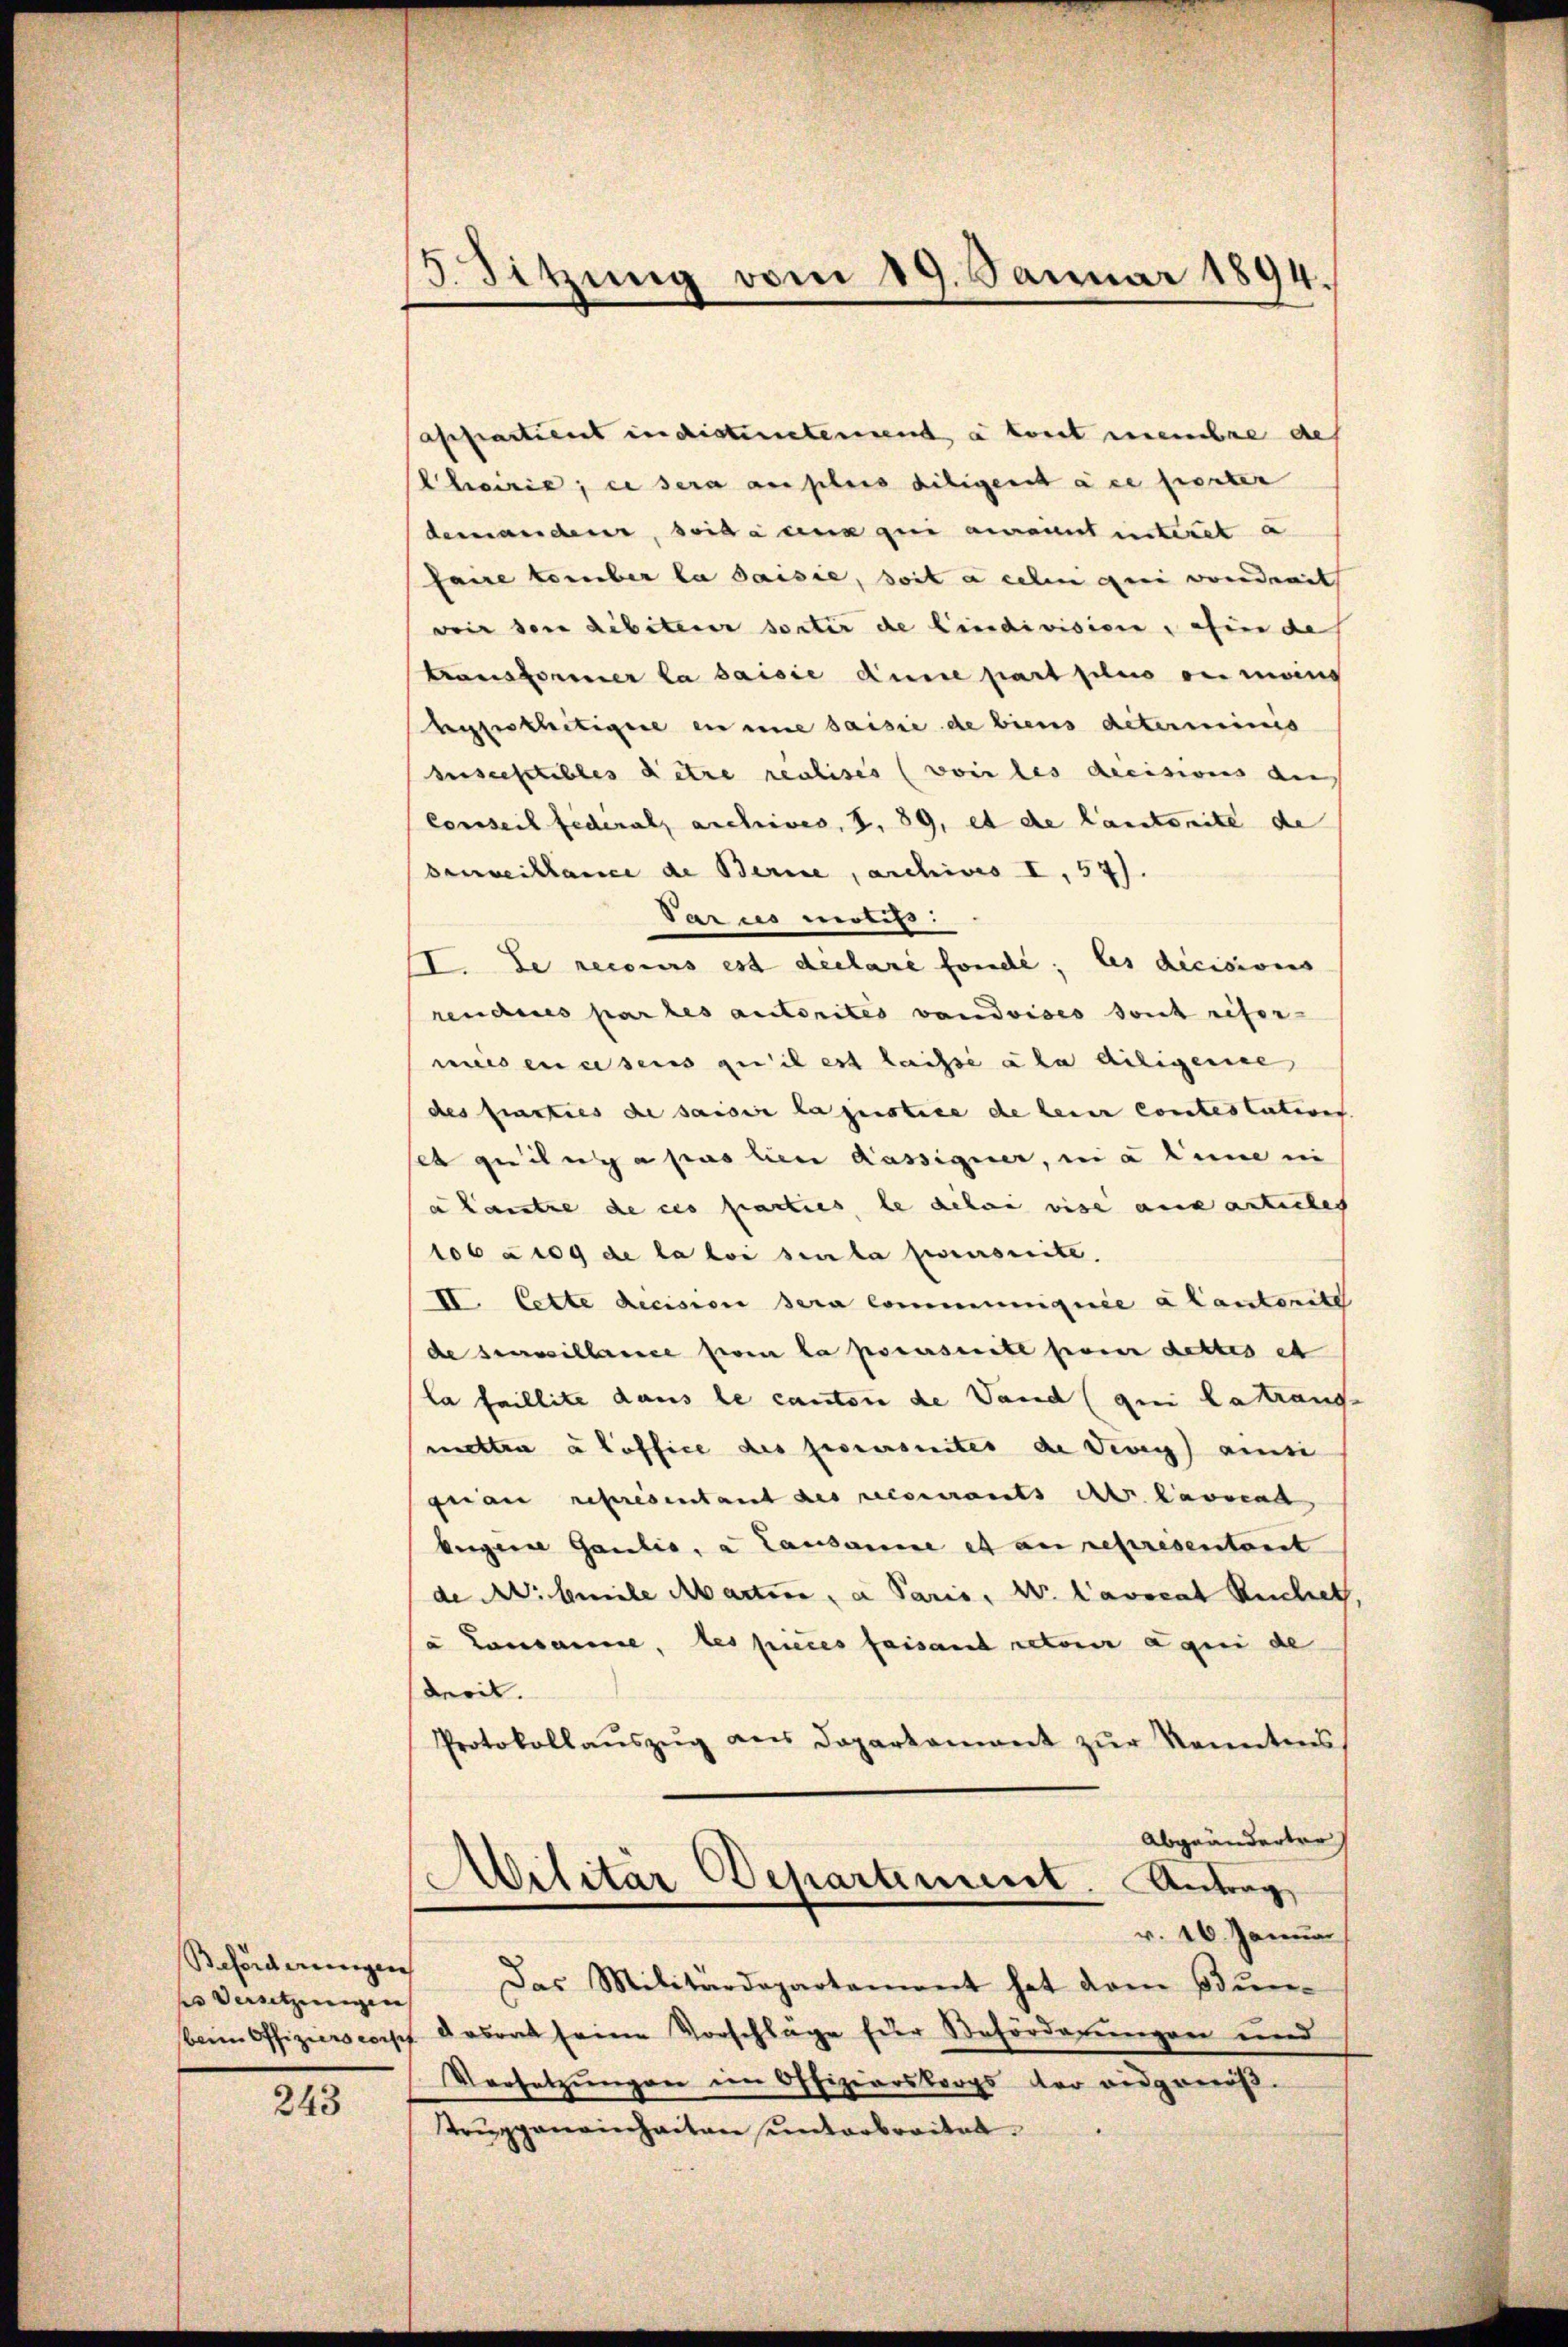
Beförderungen
en Versetzenungen |

243

13. Sitzung vom 19. Januar 1894.

asiftartient in distinetenend à tout unembre des
Choirie, es sera amples diligent à ce fierter
demanderer, soit en qui auraient unteret a
faire tomber la saisie, soit à celen gei vendrait
voir den debiteur sonter de findivision , afin de
transformer la saisie dinie part filio ou moins
hypothetigere in eine saisie de biens deteriminis
susceptibles detre rechises (voir les decisions auf
Conseil federal archives, S. 89, et de lautenite de
Benverklance de Berne, archives I, 57).
Parus motifs.
I. de recours est déclaré fonde; les dicisions
rendues par les autorités vaudoises sont refor-
mis en eisens qu’il est laisse ala diligene
des finsties de saisie la justice de seine contestations
ses quilny a pas bien Kassigner, ni a line in
a kantze de ces parties, le delei vise aux articles
16 an de la loi senta percursuite.
II. Cette decision sera communiquée a Cantonite
de surveillance sein la poserseite pour dettes et
la faillite dans le cantone de Vaud (qui attrande
metten aloffice des procursuites de Vevey ainsi
fuan représentant des reisenants der lassend
bergerne Gaulio, a Lausanne et an referesentant
de A. beile Martire, a Paris, W. L’avocat Reichet,
u Lausanne, les pieces faisand retour aqui de
derit.
Protokollaŭszŭg ans Dopartament zŭr Kenntens
Abgeänderter,
Militar Departement. Antrag,
v. 16. Januar
Das Militärdepartament hat dem Bŭn-
beim Offizierscoisch desrat seine Vorschläge für Beförderungen und
Versetzungen im Offiziarskorps der eidgenöß¬
Truppeneinheiten unterbreiten.